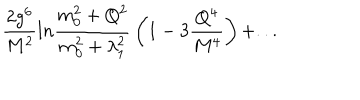
{ \frac { 2 g ^ { 6 } } { M ^ { 2 } } } l n { \frac { m _ { 0 } ^ { 2 } + Q ^ { 2 } } { m _ { 0 } ^ { 2 } + \lambda _ { 1 } ^ { 2 } } } \left( 1 - 3 { \frac { Q ^ { 4 } } { M ^ { 4 } } } \right) + . . .